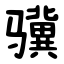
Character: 骥